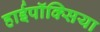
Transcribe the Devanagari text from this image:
हाईपॉक्सिया